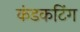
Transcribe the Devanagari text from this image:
कंडकटिंग